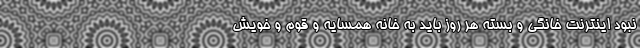
نبود اینترنت خانگی و بسته هر روز باید به خانه همسایه و قوم و خویش